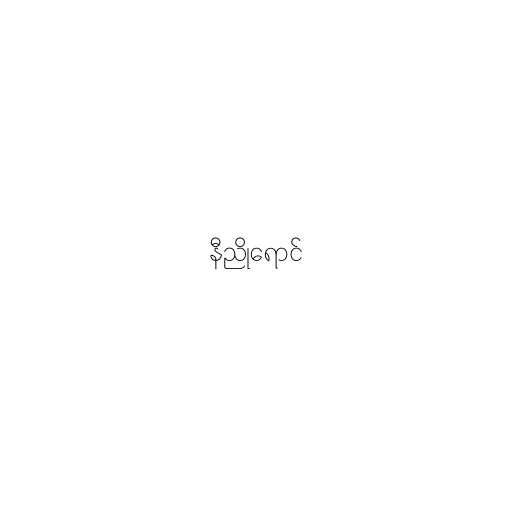
နီညိုရောင်